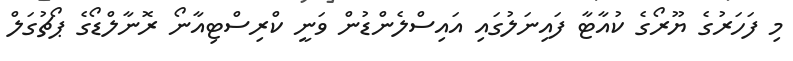
މި ފަހަރުގެ ޔޫރޯގެ ކުއާޓާ ފައިނަލުގައި އައިސްލެންޑުން ވަނީ ކްރިސްޓިއާނޯ ރޮނާލްޑޯގެ ޕޯޗުގަލް